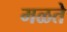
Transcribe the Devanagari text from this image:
मळते